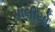
પાલીયો